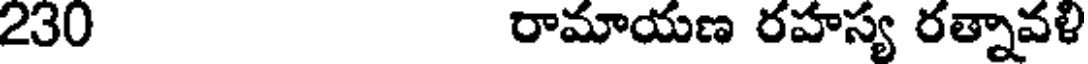
230 రామాయణ రహస్య రత్నావళి